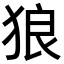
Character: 狼